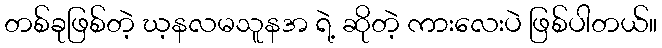
တစ်ခုဖြစ်တဲ့ ဃ့နလမသူနအ ရဲ့ ဆိုတဲ့ ကားလေးပဲ ဖြစ်ပါတယ်။